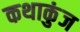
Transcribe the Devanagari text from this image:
कथाकुंज